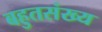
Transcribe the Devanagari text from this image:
बहुतसंख्य